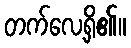
တက်လေ့ရှိ၏။